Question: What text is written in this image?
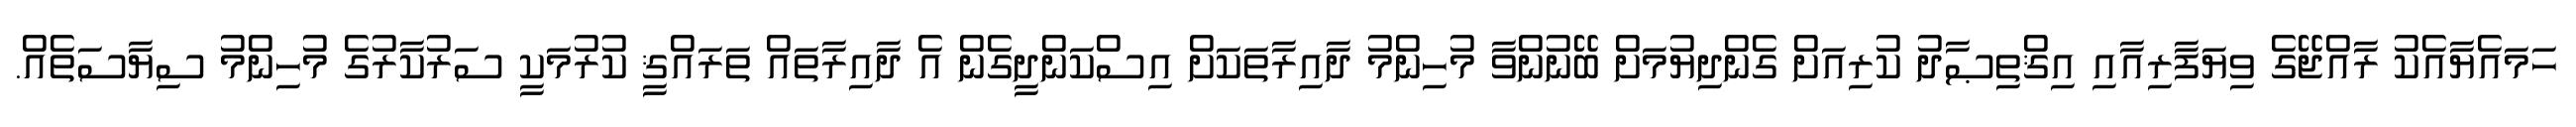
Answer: ހަމައެޔާއެކު ރާއްޖޭގެ ވިޔަފާރިއާއި އިޤްތިޞާދު ކުރިއަށް ގެންދިޔުމަށް ބޭނުންވާ މުހިންމު ދާއިރާތަކަށް އިސްކަންދީގެން އެ ދާއިރާތައް ތަރައްޤީ ކުރުމަކީ ސަރުކާރުގެ މުހިންމު ސިޔާސަތެއް.